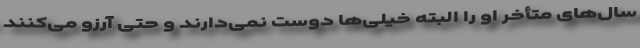
سال‌های متأخر او را البته خیلی‌ها دوست نمی‌دارند و حتی آرزو می‌کنند